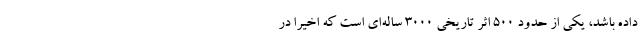
داده باشد، یکی از حدود ۵۰۰ اثر تاریخی ۳۰۰۰ ساله‌ای است که اخیرا در